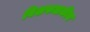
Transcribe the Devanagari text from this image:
विशफलकीय